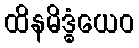
ထိနမိဒ္ဓံယေဝ